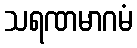
သရဏမာဂမံ